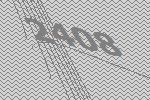
2408